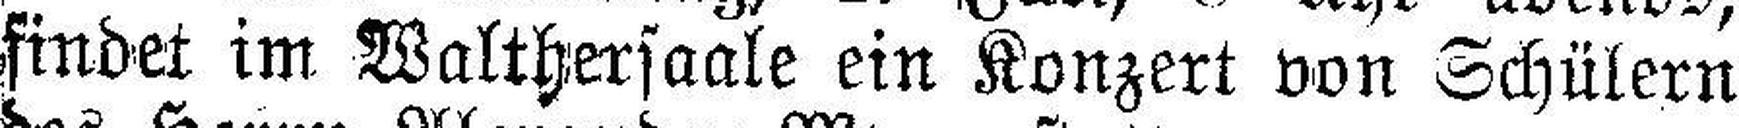
findet im Walthersaale ein Konzert von Schülern